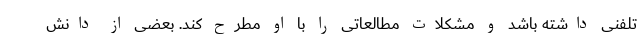
تلفنی داشته باشد و مشکلات مطالعاتی را با او مطرح کند. بعضی از دانش